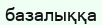
базалыққа